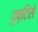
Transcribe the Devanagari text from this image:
दृष्‍टिसे